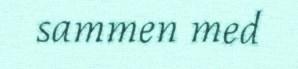
sammen med